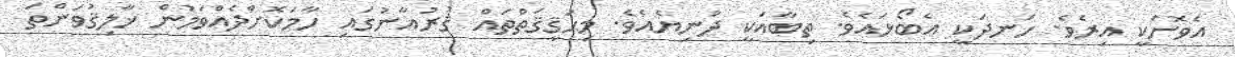
އެވޮށަކީ އިރެވެ. ހަނދަކީ އެބޯޅައެވެ. ތިބާއަކީ ދުނިޔެއެވެ. މިޙަޤީޤަތްތައް ޤުރުއާނުގައި ހާމަކޮށްދެއްވަމުން ޚާލިޤުވަންތަ